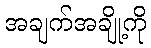
အချက်အချို့ကို